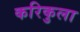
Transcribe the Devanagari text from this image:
करिकुला